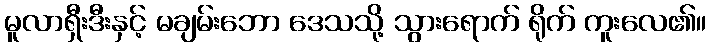
မူလာရှီးဒီးနှင့် မချမ်းဘော ဒေသသို့ သွားရောက် ရိုက် ကူးလေ၏။